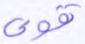
قوي